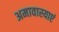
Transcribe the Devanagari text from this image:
अमावास्याएं